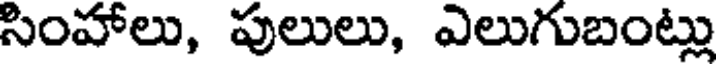
సింహాలు, పులులు, ఎలుగుబంట్లు